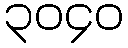
၃၀၄၀